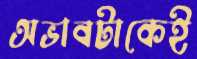
অভাবটাকেই